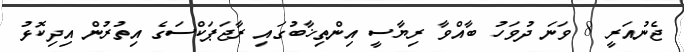
ޖެނުއަރީ 8 ވަނަ ދުވަހު ބާއްވާ ރިޔާސީ އިންތިޚާބުގައި ރާޖަޕަކްސަގެ އިތުރުން އިދިކޮޅު